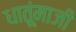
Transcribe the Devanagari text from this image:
धातूंमाजी